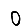
Digit: 0